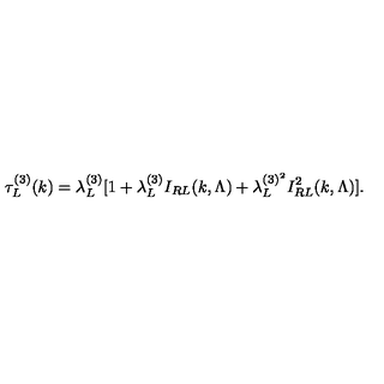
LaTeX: \tau _ { L } ^ { ( 3 ) } ( k ) = \lambda _ { L } ^ { ( 3 ) } [ 1 + \lambda _ { L } ^ { ( 3 ) } I _ { R L } ( k , \Lambda ) + \lambda _ { L } ^ { ( 3 ) ^ { 2 } } I _ { R L } ^ { 2 } ( k , \Lambda ) ] .